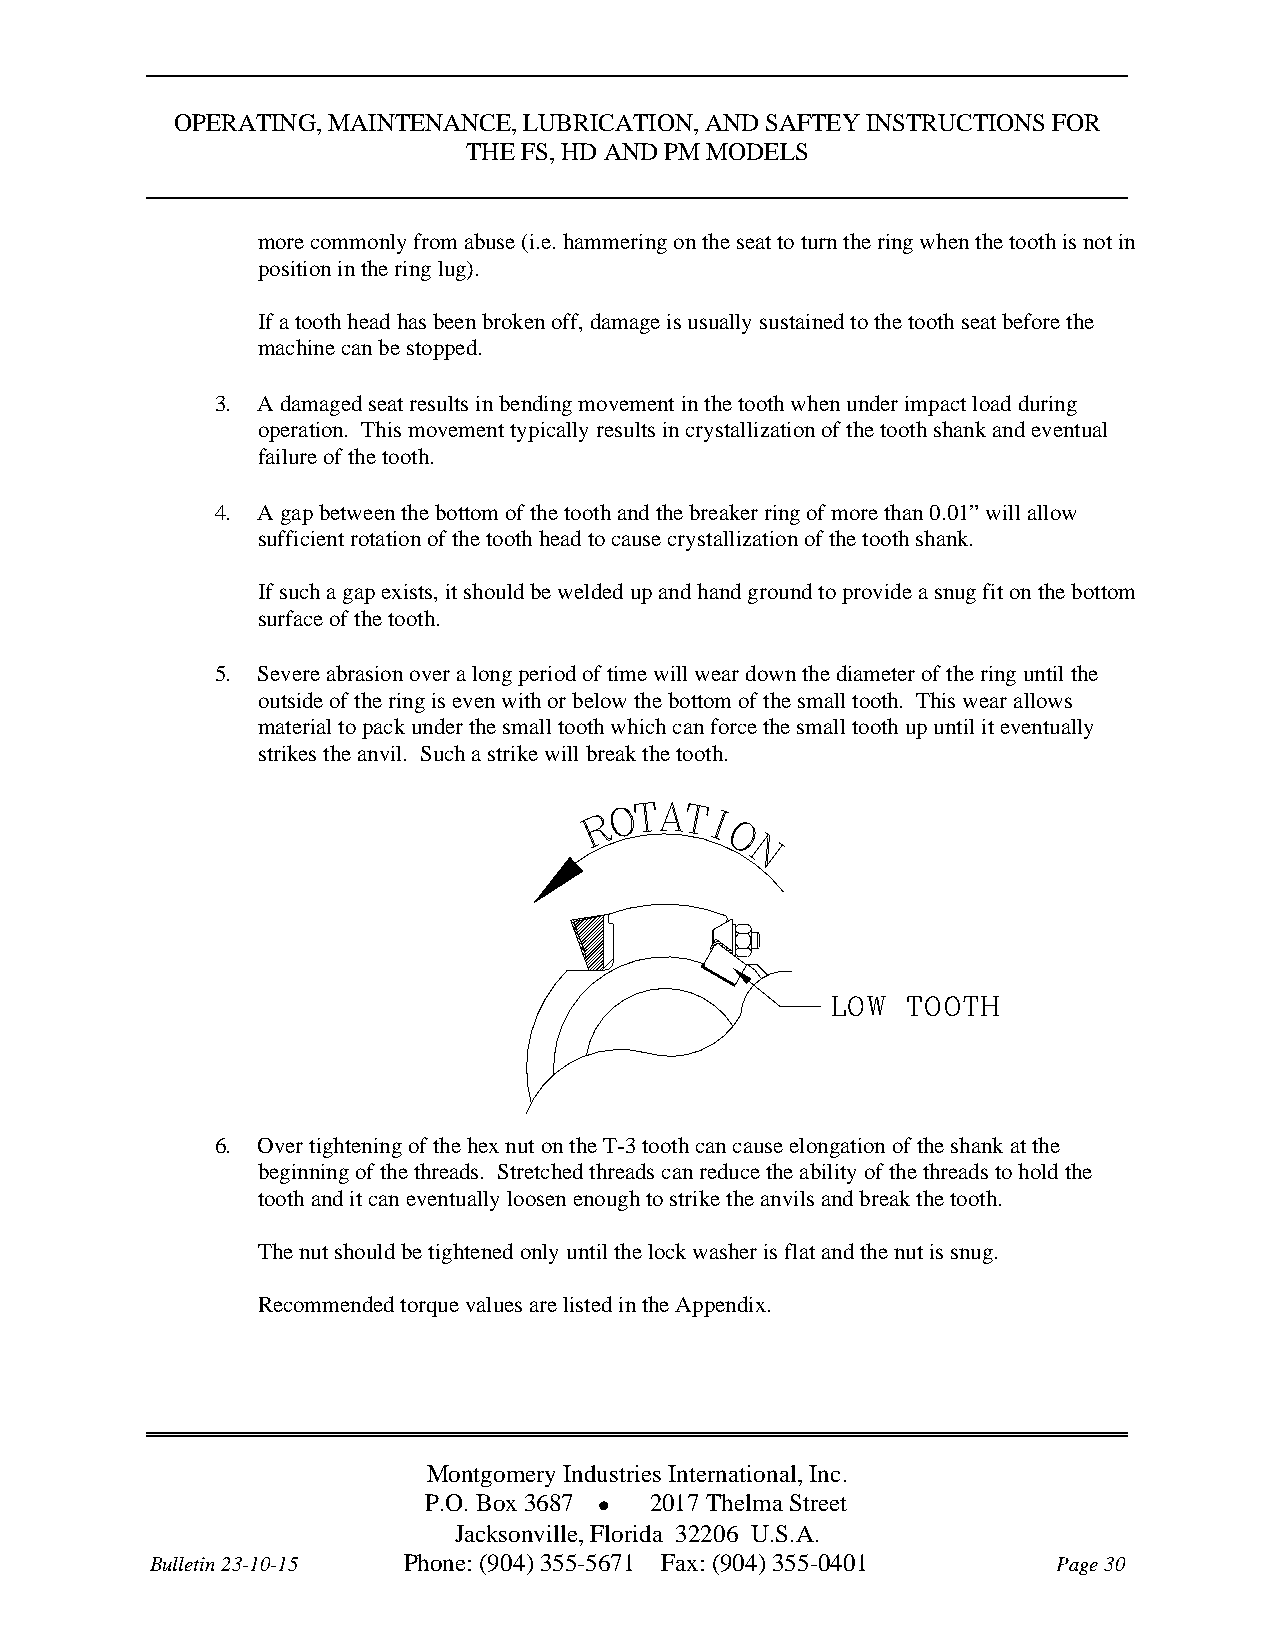
OPERATING, MAINTENANCE, LUBRICATION, AND SAFTEY INSTRUCTIONS FOR
 THE FS, HD AND PM MODELS
 more commonly from abuse (i.e. hammering on the seat to turn the ring when the tooth is not in
 position in the ring lug).
 If a tooth head has been broken off, damage is usually sustained to the tooth seat before the
 machine can be stopped.
 3. A damaged seat results in bending movement in the tooth when under impact load during
 operation. This movement typically results in crystallization of the tooth shank and eventual
 failure of the tooth.
 4. A gap between the bottom of the tooth and the breaker ring of more than 0.01” will allow
 sufficient rotation of the tooth head to cause crystallization of the tooth shank.
 If such a gap exists, it should be welded up and hand ground to provide a snug fit on the bottom
 surface of the tooth.
 5. Severe abrasion over a long period of time will wear down the diameter of the ring until the
 outside of the ring is even with or below the bottom of the small tooth. This wear allows
 material to pack under the small tooth which can force the small tooth up until it eventually
 strikes the anvil. Such a strike will break the tooth.
 6. Over tightening of the hex nut on the T-3 tooth can cause elongation of the shank at the
 beginning of the threads. Stretched threads can reduce the ability of the threads to hold the
 tooth and it can eventually loosen enough to strike the anvils and break the tooth.
 The nut should be tightened only until the lock washer is flat and the nut is snug.
 Recommended torque values are listed in the Appendix.
 Montgomery Industries International, Inc.
 P.O. Box 3687  2017 Thelma Street
 Jacksonville, Florida 32206 U.S.A.
 Bulletin 23-10-15 Phone: (904) 355-5671 Fax: (904) 355-0401 Page 30